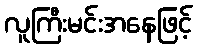
လူကြီးမင်းအနေဖြင့်